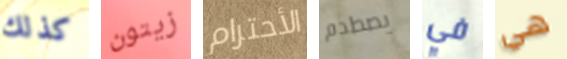
كذلك زيتون الأحترام يصطدم في هي